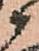
衛